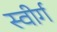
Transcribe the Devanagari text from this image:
स्वीर्ग